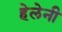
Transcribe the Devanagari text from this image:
हेलेनी